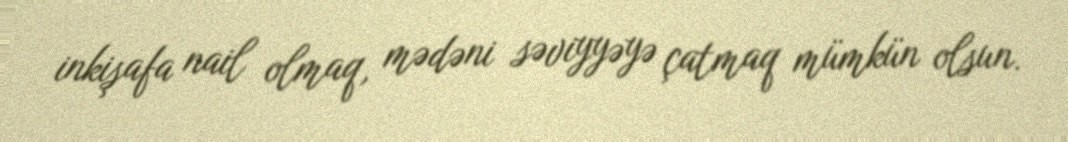
inkişafa nail olmaq, mədəni səviyyəyə çatmaq mümkün olsun.